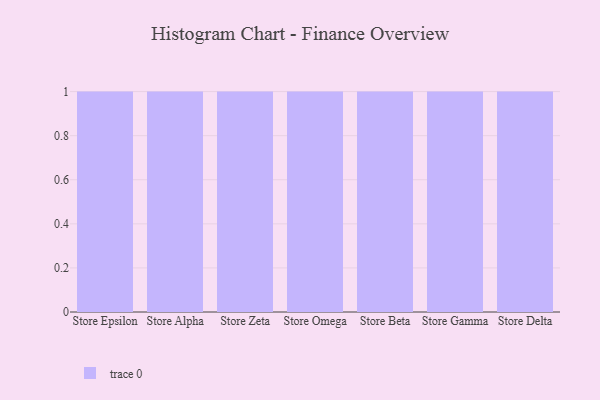
{"axis": {"x": "Store", "y": "Backlog"}, "legend": [""], "data": [{"x": "Store Epsilon", "y": 4, "type": ""}, {"x": "Store Alpha", "y": 93, "type": ""}, {"x": "Store Zeta", "y": 69, "type": ""}, {"x": "Store Omega", "y": 22, "type": ""}, {"x": "Store Beta", "y": 36, "type": ""}, {"x": "Store Gamma", "y": 87, "type": ""}, {"x": "Store Delta", "y": 25, "type": ""}]}